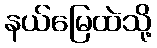
နယ်မြေထဲသို့